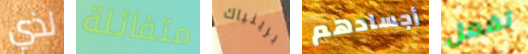
لذي متفائلة برينياك أجسادهم تفعل